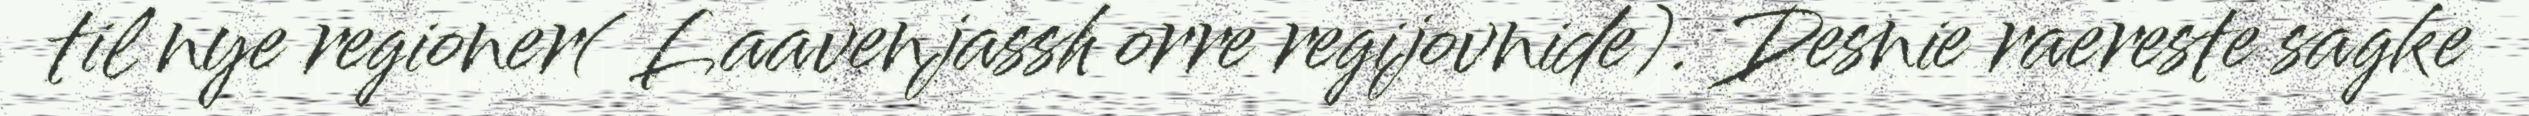
til nye regioner( Laavenjassh orre regijovnide). Desnie raereste sagke